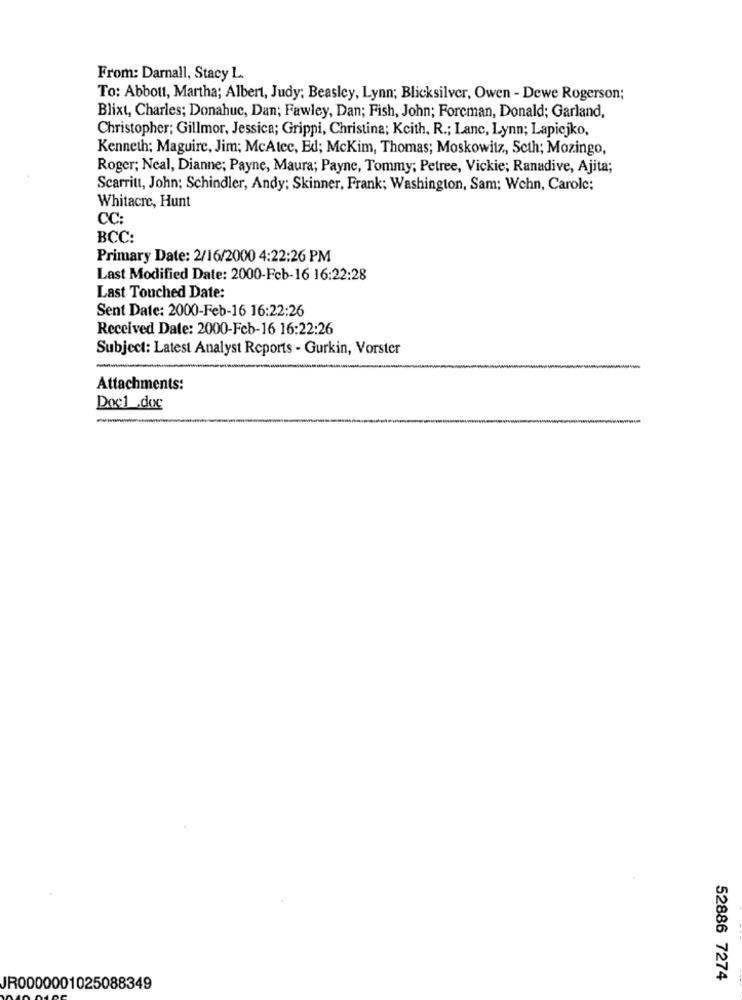
From: Darnall, Stacy L.
To: Abbott, Martha; Albert, Judy; Beasley, Lynn; Blicksilver, Owen - Dewe Rogerson;
Blixt, Charles; Donahue, Dan; Fawley, Dan; Fish, John; Foreman, Donald; Garland,
Christopher; Gillmor, Jessica; Grippi, Christina; Keith, R .; Lanc, Lynn; Lapicjko,
Kenneth: Maguire, Jim; McAtee, Ed; McKim, Thomas; Moskowitz, Scth; Mozingo,
Roger; Neal, Dianne; Payne, Maura; Payne, Tommy; Petree, Vickie; Ranadive, Ajita;
Scarritt, John; Schindler, Andy; Skinner, Frank; Washington, Sam; Wehn, Carole;
Whitacre, Hunt
CC:
BCC:
Primary Date: 2/16/2000 4:22:26 PM
Last Modified Date: 2000-Feb-16 16:22:28
Last Touched Date:
Sent Date: 2000-Feb-16 16:22:26
Received Date: 2000-Feb-16 16:22:26
Subject: Latest Analyst Reports - Gurkin, Vorster
Attachments:
Doç1 .doc
-
52886 7274
JR0000001025088349